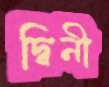
দ্বিনী